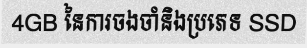
4GB នៃការចងចាំនិងប្រភេទ SSD